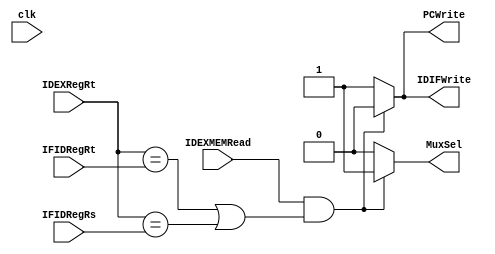
module HazardControlUnit(IDIFWrite,PCWrite,MuxSel,IDEXMEMRead,IDEXRegRt,IFIDRegRt,IFIDRegRs,clk);
input IDEXMEMRead ,clk;
input [4:0] IDEXRegRt,IFIDRegRt ,IFIDRegRs;
output reg IDIFWrite = 0 , PCWrite = 1 , MuxSel ;
always @(*)
begin
   IDIFWrite <= 1;
   MuxSel <= 0;
   PCWrite <= 1;
// condition to stall pipline for lw 
  if(IDEXMEMRead && ((IDEXRegRt == IFIDRegRt) || (IDEXRegRt == IFIDRegRs )) ) 
   begin
   MuxSel <=  1;
   PCWrite <= 0;
   IDIFWrite <= 0;
   end
end
endmodule